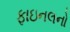
ફાઇનલનો